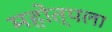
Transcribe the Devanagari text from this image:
महोत्पला